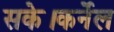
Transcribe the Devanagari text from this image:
सके।कर्नेल